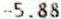
-5.88